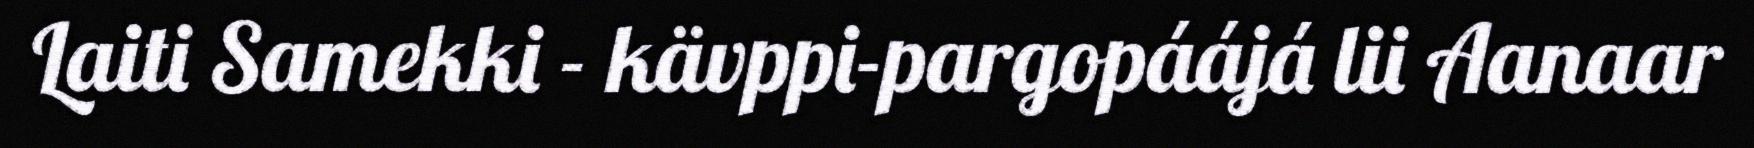
Laiti Samekki - kävppi-pargopáájá lii Aanaar